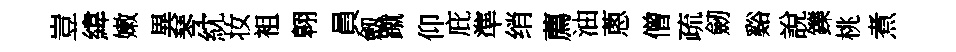
豈緯嫩異琴紞妆袓翱員劔蹴仰庇準绡薦油蔥僧疏劒谿說鑠桃煮